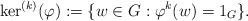
LaTeX: \begin{align*}\ker^{(k)}(\varphi):=\{w\in G: \varphi^{k}(w)=1_G\}.\end{align*}